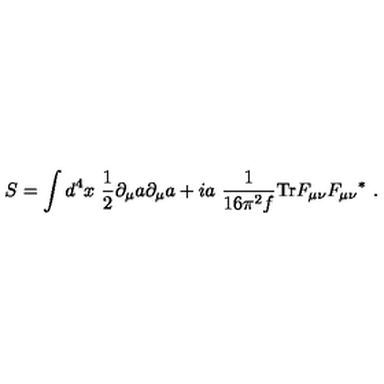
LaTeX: S = \int d ^ { 4 } x \ { \frac { 1 } { 2 } } \partial _ { \mu } a \partial _ { \mu } a + i a \ { \frac { 1 } { 1 6 \pi ^ { 2 } f } } \mathrm { T r } F _ { \mu \nu } { F _ { \mu \nu } } ^ { * } \ .